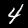
Label: 4